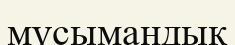
мүсымандық